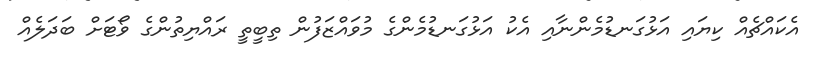
އެކައްޗެއް ކިޔައި އަޅުގަނޑުމެންނާއި އެކު އަޅުގަނޑުމެންގެ މުވައްޒަފުން ތިބީތީ ރައްޔިތުންގެ ވޯޓަށް ބަދަލެއް